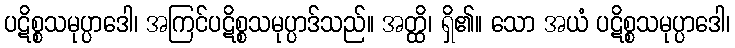
ပဋိစ္စသမုပ္ပာဒေါ၊ အကြင်ပဋိစ္စသမုပ္ပာဒ်သည်။ အတ္ထိ၊ ရှိ၏။ သော အယံ ပဋိစ္စသမုပ္ပာဒေါ၊